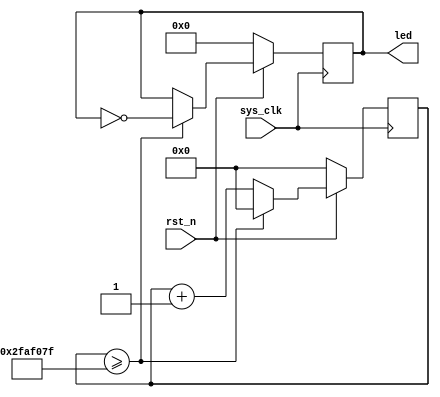
`timescale 1ns / 1ps
module led(
    input sys_clk,
    input rst_n,
    output reg [3:0] led
);
    reg[31:0] timer_cnt;
    always@(posedge sys_clk)    begin
        if (~rst_n) begin
            led <= 4'd0;
            timer_cnt <= 32'd0;
        end
        else if(timer_cnt >= 32'd49_999_999)    begin
            led <= ~led;
            timer_cnt <= 32'd0;
        end
        else    begin
            led <= led;
            timer_cnt <= timer_cnt + 32'd1;
        end
    end

endmodule